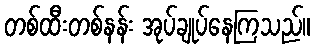
တစ်ထီးတစ်နန်း အုပ်ချုပ်နေကြသည်။